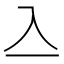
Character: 𠓛